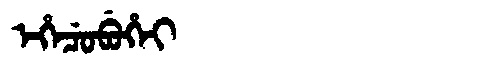
Manchu: ᡝᡥᡝᠴᡠᠪᡠᡥᡝᡳ
Romanization: EHECUBUHEI